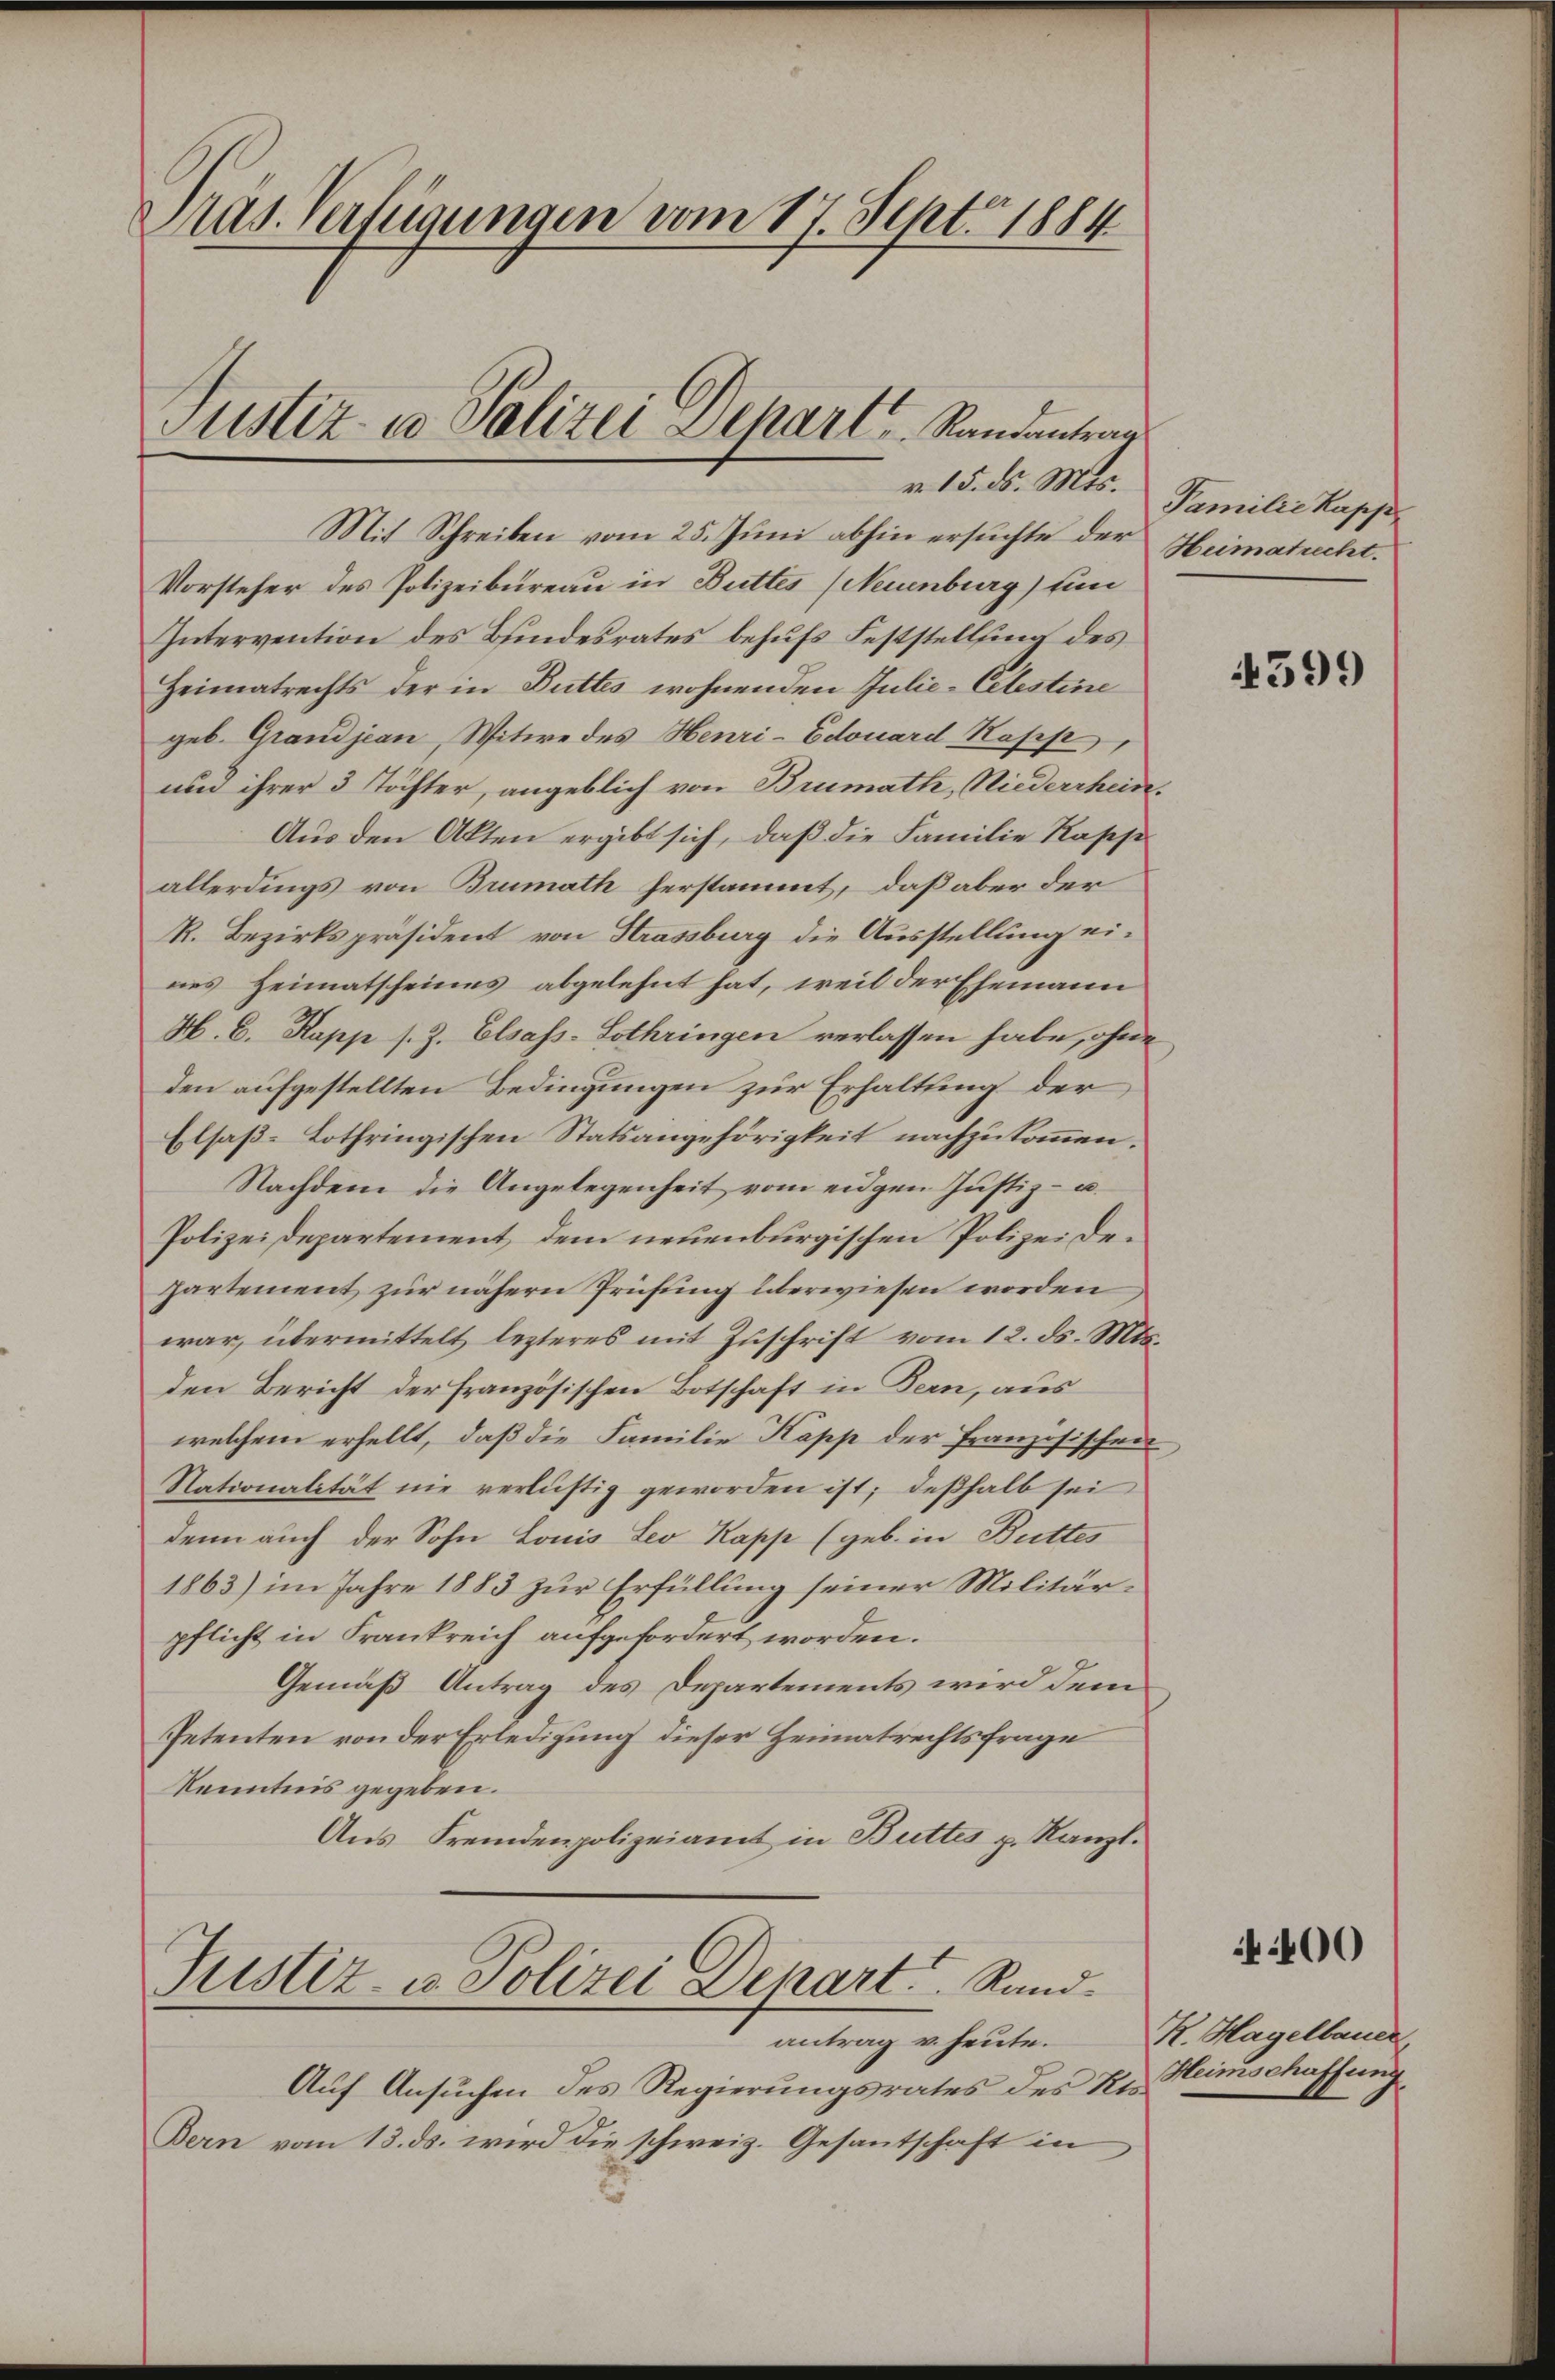
Pras. Verfügungen vom 17. Sept. 1884
Justiz- u Polizei Dehart Randantrau
v. 15. d. Mts.

Mit Schreiben vom 25. Juni abhin ersuchte der Heimatrecht.
Vorsteher des Polizeibureau in Buttes (Neuenburg) un
Intervention des Bundesrates behufs Feststellung des
Heimatrechts der in Buttes wohnenden Julie-Cetestine
geb. Grandjean, Witwe des Henri-Edouard Kopp,
und ihrer 3 Töchter, angeblich von Brumath, Niederrhein.
Aus den Akten ergibt sich, daß die Familie Rasese
allerdings von Brumath herstammt, daß aber der
R. Bezirkspräsident von Strassburg die Ausstellung eines Heimatscheines abgelehnt hat, weil der Ehemann
H. C. Rapp s. Z. Elsass-Lothringen verlassen habe, ohne
den aufgestellten Bedingungen zur Erhaltung der
Elsaß-Lothringischen Statsangehörigkeit nachzukommen.
Nachdem die Angelegenheit vom eidgen Justiz- u.
Polizeidepartement, dem neuenburgischen Polizei departement zur nähern Prüfung überwiesen worden
war, übermittelt lezteres mit Zuschrift vom 12. ds. Mts.
den Bericht der französischen Botschaft in Bern, aus
welchem erhellt, daß die Familie Kapp der Französischen
Nationalität nie verlustig geworden ist; deßhalb sei
denn auch der Sohn Louis Leo Kapp (geb. in Buttes
1863) im Jahre 1883 zur Erfüllung seiner Militärpflicht in Frankreich aufgefordert worden.
Gemäß Antrag des Departements wird dem
Petenten von der Erledigung dieser Heimatrechtsfrage
Kenntnis gegeben.
Aus Fremdenpolizeiamt in Buttes p. Kanzl.

Justiz- u. Polizei Denart Rand¬

antrag u. heute.
Auf Ansuchen des Regierungsrates des Hr. Heimschaffung
Bern vom 13. ds. wird die schweiz. Gesantschaft in

Familie Kapp

4399

00

R. Hagelbauer